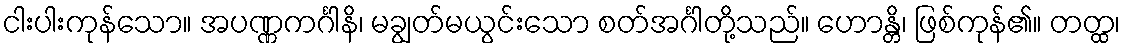
ငါးပါးကုန်သော။ အပဏ္ဏကင်္ဂါနိ၊ မချွတ်မယွင်းသော စတ်အင်္ဂါတို့သည်။ ဟောန္တိ၊ ဖြစ်ကုန်၏။ တတ္ထ၊